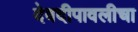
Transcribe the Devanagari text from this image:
देवदीपावलीचा